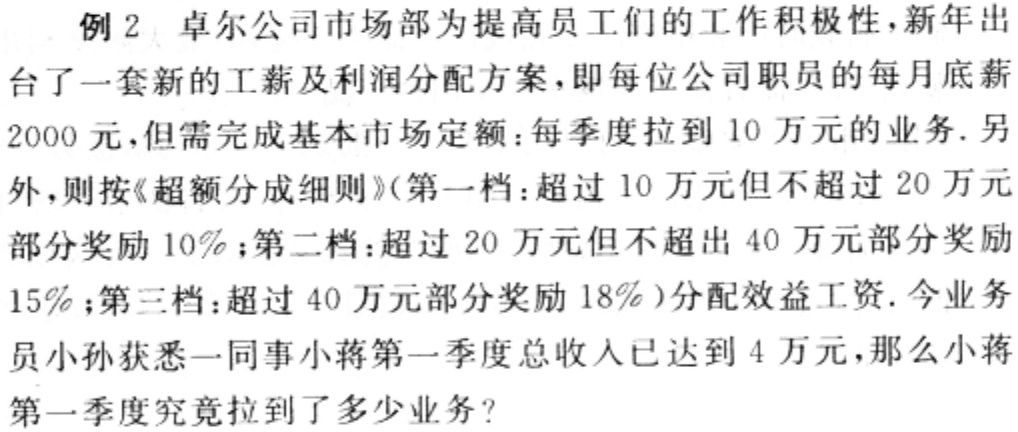
例2 卓尔公司市场部为提高员工们的工作积极性，新年出台了一套新的工薪及利润分配方案，即每位公司职员的每月底薪2000元，但需完成基本市场定额：每季度拉到10万元的业务. 另外，则按《超额分成细则》(第一档：超过10万元但不超过20万元部分奖励10%；第二档：超过20万元但不超出40万元部分奖励15%；第三档：超过40万元部分奖励18%)分配效益工资. 今业务员小孙获悉一同事小蒋第一季度总收入已达到4万元，那么小蒋第一季度究竟拉到了多少业务?